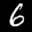
Label: 6